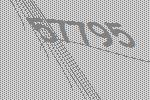
57795